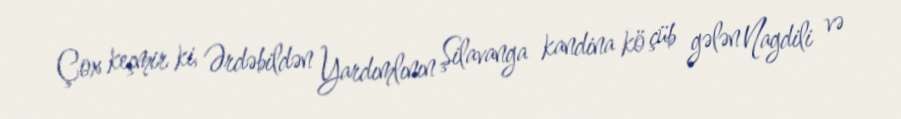
Çox keçmir ki, Ərdəbildən Yardımlının Şilavanga kandina kö çüb gələn Nagdili və